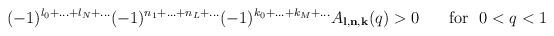
LaTeX: \begin{align*}(-1)^{l_0+...+l_N+...}(-1)^{n_1+...+n_L+...}(-1)^{k_0+...+k_M+...}A_{{\bf l},{\bf n},{\bf k}}(q) > 0\,~~~~~{\rm for}~~ 0<q<1\end{align*}